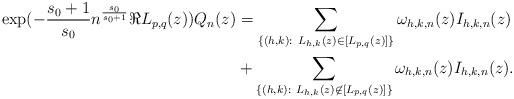
LaTeX: \begin{align*} \exp(-\frac{s_0+1}{s_0}n^\frac{s_0}{s_0+1}\Re L_{p,q}(z))Q_n(z)&= \sum_{\{(h,k) :\ L_{h,k}(z)\in [L_{p,q}(z)]\}} \omega_{h,k,n}(z)I_{h,k,n}(z) \\&+ \sum_{\{(h,k) :\ L_{h,k}(z)\not \in [L_{p,q}(z)]\}} \omega_{h,k,n}(z) I_{h,k,n}(z).\end{align*}